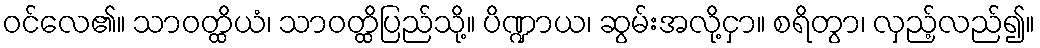
ဝင်လေ၏။ သာဝတ္ထိယံ၊ သာဝတ္ထိပြည်သို့။ ပိဏ္ဍာယ၊ ဆွမ်းအလို့ငှာ။ စရိတွာ၊ လှည့်လည်၍။